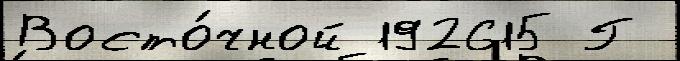
Восто́чной 192615 Г